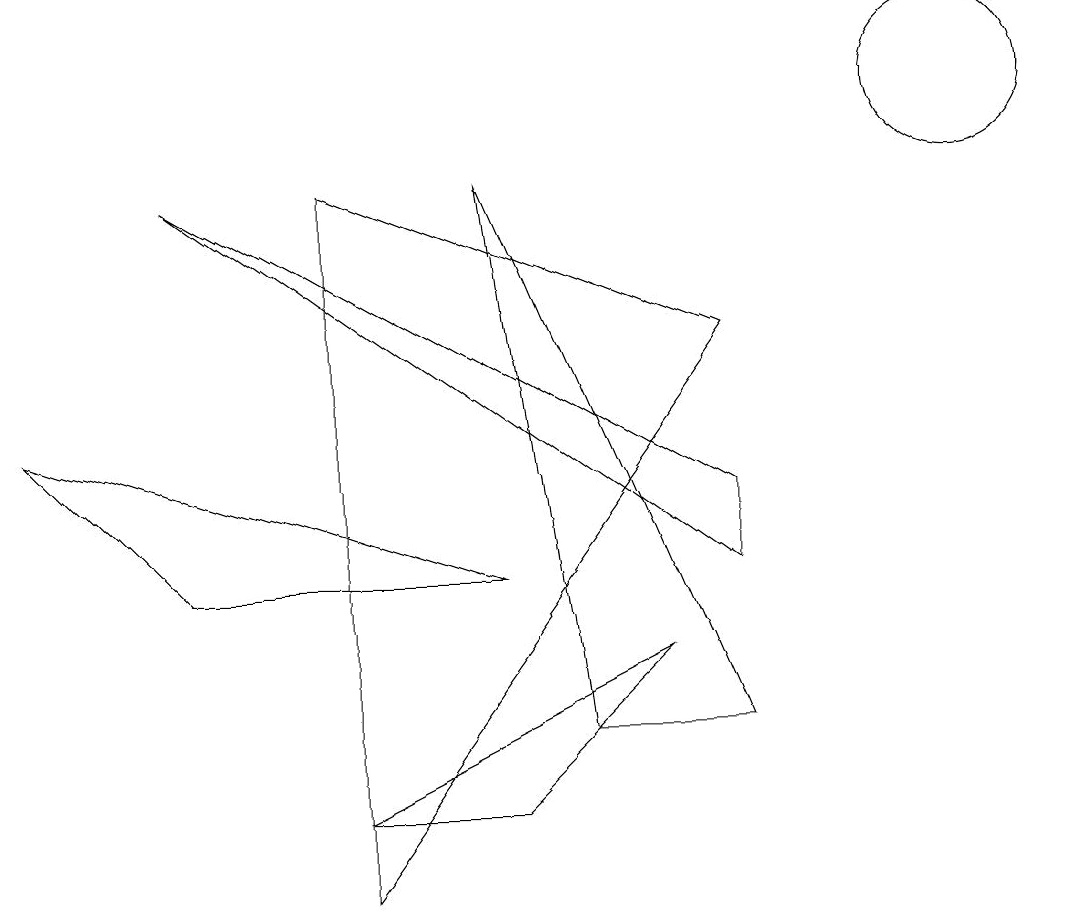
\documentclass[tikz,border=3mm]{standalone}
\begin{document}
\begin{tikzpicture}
\draw (9,5) -- (2,9) -- (9,4) -- cycle;
\draw (4,1) -- (6,1) -- (8,3) -- cycle;
\draw (4,0) -- (4,9) -- (9,7) -- cycle;
\draw (6,4) -- (0,6) -- (2,4) -- cycle;
\draw (6,9) -- (7,2) -- (9,2) -- cycle;
\draw (12,10) circle (1);
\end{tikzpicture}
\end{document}